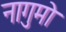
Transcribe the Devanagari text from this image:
नागुमो